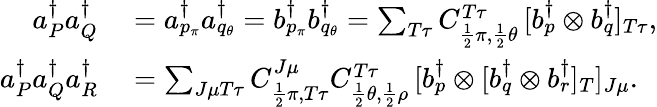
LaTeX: \begin{array}{rl}{a_{P}^{\dagger}a_{Q}^{\dagger}}&{{}=a_{p_{\pi}}^{\dagger}a_{q_{\theta}}^{\dagger}=b_{p_{\pi}}^{\dagger}b_{q_{\theta}}^{\dagger}=\sum_{T\tau}C_{\frac{1}{2}\pi,\frac{1}{2}\theta}^{T\tau}\, [b_{p}^{\dagger}\otimes b_{q}^{\dagger}]_{T\tau},}\\ {a_{P}^{\dagger}a_{Q}^{\dagger}a_{R}^{\dagger}}&{{}=\sum_{J\mu T\tau}C_{\frac{1}{2}\pi,T\tau}^{J\mu}C_{\frac{1}{2}\theta,\frac{1}{2}\rho}^{T\tau}\, [b_{p}^{\dagger}\otimes[b_{q}^{\dagger}\otimes b_{r}^{\dagger}]_{T}]_{J\mu}.}\end{array}